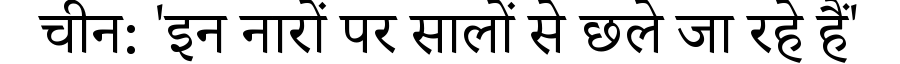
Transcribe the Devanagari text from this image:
चीन: 'इन नारों पर सालों से छले जा रहे हैं'